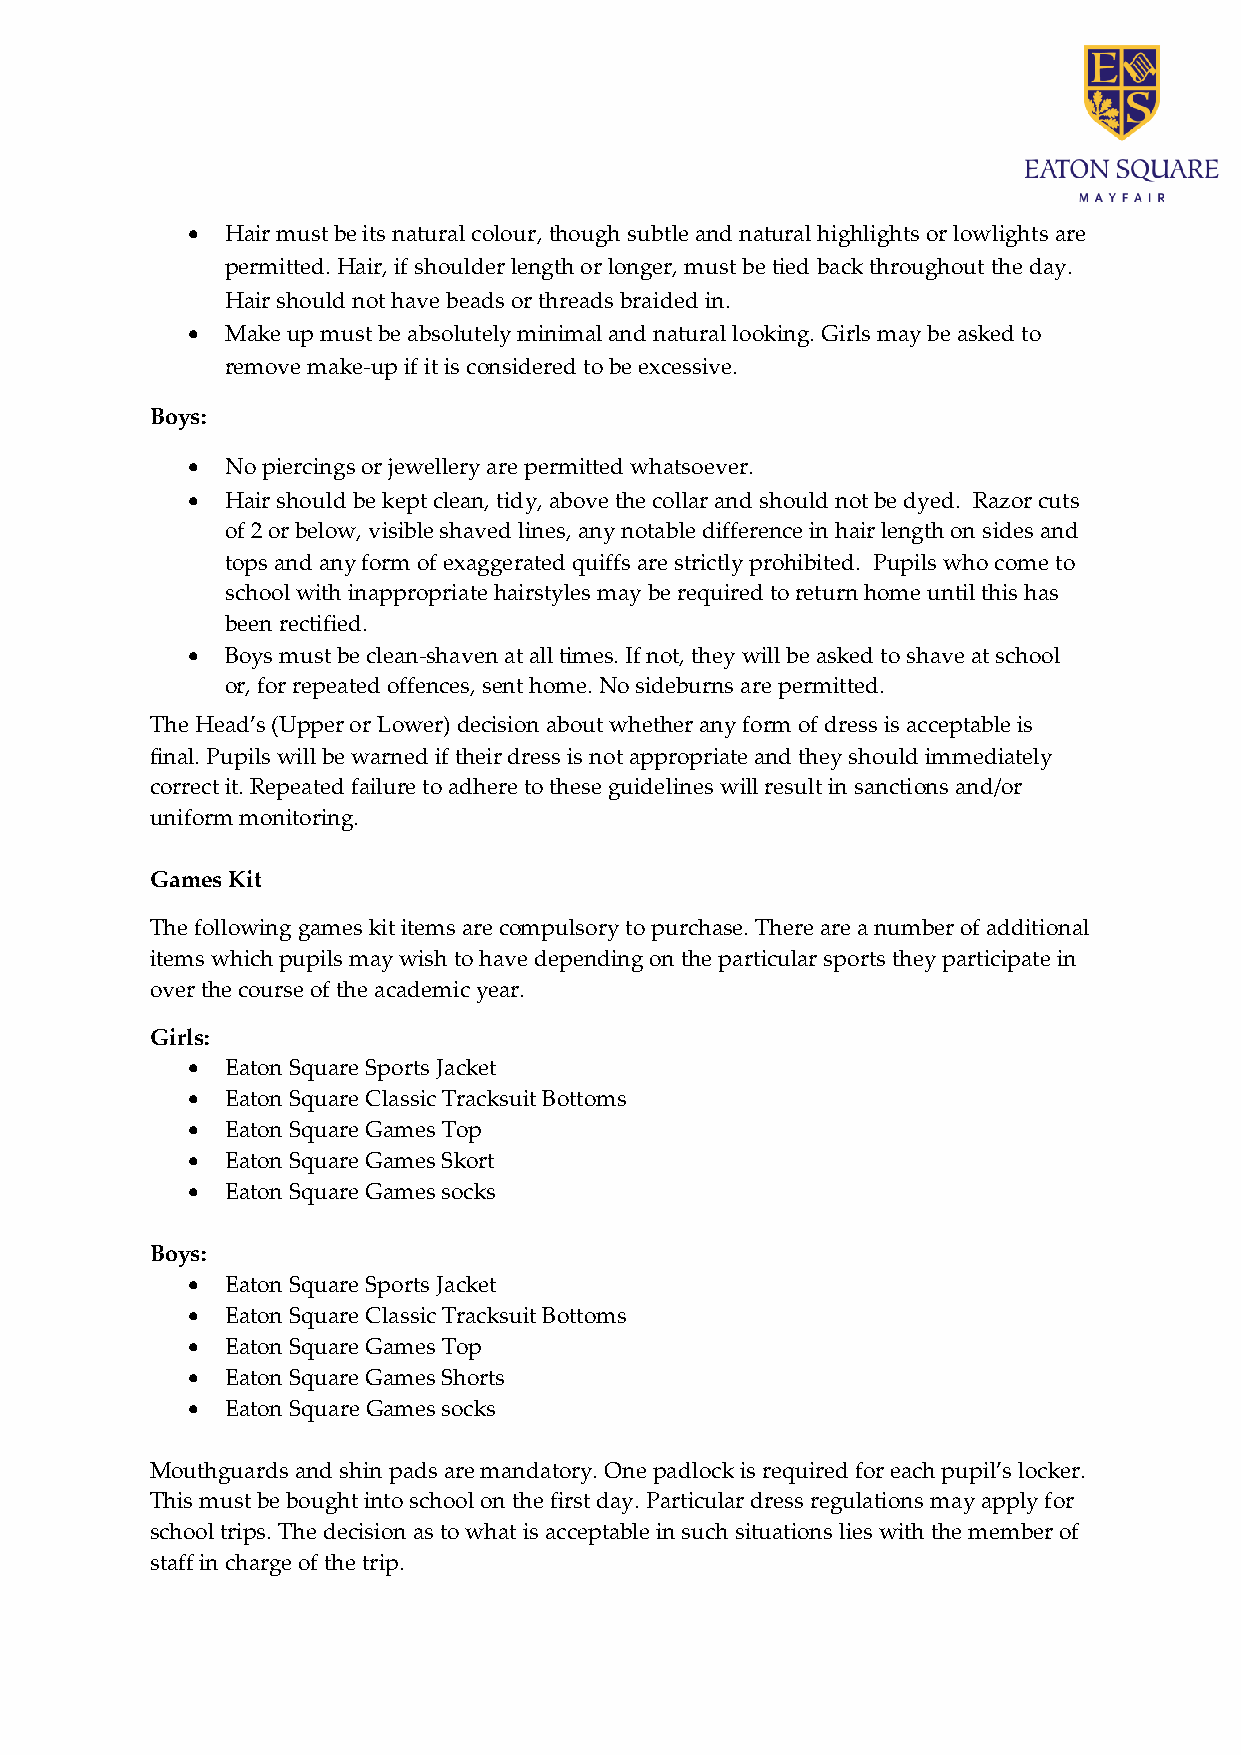
•  Hair must be its natural colour, though subtle and natural highlights or lowlights are
 permitted. Hair, if shoulder length or longer, must be tied back throughout the day.
 Hair should not have beads or threads braided in.
 •  Make up must be absolutely minimal and natural looking. Girls may be asked to
 remove make-up if it is considered to be excessive.
 Boys:
 •  No piercings or jewellery are permitted whatsoever.
 •  Hair should be kept clean, tidy, above the collar and should not be dyed. Razor cuts
 of 2 or below, visible shaved lines, any notable difference in hair length on sides and
 tops and any form of exaggerated quiffs are strictly prohibited. Pupils who come to
 school with inappropriate hairstyles may be required to return home until this has
 been rectified.
 •  Boys must be clean-shaven at all times. If not, they will be asked to shave at school
 or, for repeated offences, sent home. No sideburns are permitted.
 The Head’s (Upper or Lower) decision about whether any form of dress is acceptable is
 final. Pupils will be warned if their dress is not appropriate and they should immediately
 correct it. Repeated failure to adhere to these guidelines will result in sanctions and/or
 uniform monitoring.
 Games Kit
 The following games kit items are compulsory to purchase. There are a number of additional
 items which pupils may wish to have depending on the particular sports they participate in
 over the course of the academic year.
 Girls:
 •  Eaton Square Sports Jacket
 •  Eaton Square Classic Tracksuit Bottoms
 •  Eaton Square Games Top
 •  Eaton Square Games Skort
 •  Eaton Square Games socks
 Boys:
 •  Eaton Square Sports Jacket
 •  Eaton Square Classic Tracksuit Bottoms
 •  Eaton Square Games Top
 •  Eaton Square Games Shorts
 •  Eaton Square Games socks
 Mouthguards and shin pads are mandatory. One padlock is required for each pupil’s locker.
 This must be bought into school on the first day. Particular dress regulations may apply for
 school trips. The decision as to what is acceptable in such situations lies with the member of
 staff in charge of the trip.